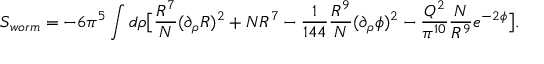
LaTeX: S _ { w o r m } = - 6 \pi ^ { 5 } \int d \rho \big [ { \frac { R ^ { 7 } } { N } } ( \partial _ { \rho } R ) ^ { 2 } + N R ^ { 7 } - { \frac { 1 } { 1 4 4 } } { \frac { R ^ { 9 } } { N } } ( \partial _ { \rho } \phi ) ^ { 2 } - { \frac { Q ^ { 2 } } { \pi ^ { 1 0 } } } { \frac { N } { R ^ { 9 } } } e ^ { - 2 \phi } \big ] .